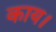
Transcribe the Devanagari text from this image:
काय।